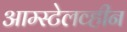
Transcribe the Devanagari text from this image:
आम्स्टेलव्हीन